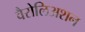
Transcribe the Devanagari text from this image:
वैरोलिअशन